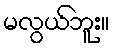
မလွယ်ဘူး။